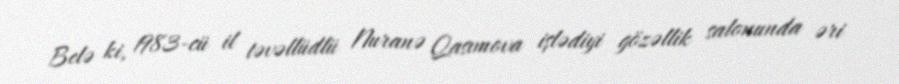
Belə ki, 1983-cü il təvəllüdlü Nuranə Qasımova işlədiyi gözəllik salonunda əri